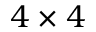
4 \times 4